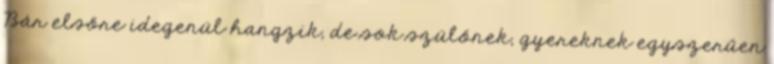
Bár elsőre idegenül hangzik, de sok szülőnek, gyereknek egyszerűen